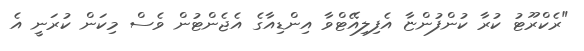
"ރެކްރޫޓު ކުރާ ކުންފުންޏާ އެފިލިއޭޓްވާ އިންޑިއާގެ އެޖެންޓުން ވެސް މިކަން ކުރަނީ އެ